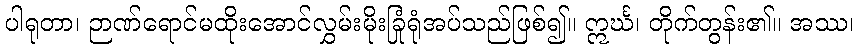
ပါရုတာ၊ ဉာဏ်ရောင်မထိုးအောင်လွှမ်းမိုးခြုံရုံအပ်သည်ဖြစ်၍။ ဣင်္ဃ၊ တိုက်တွန်း၏။ အဿ၊